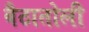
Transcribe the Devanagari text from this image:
बैठातोली